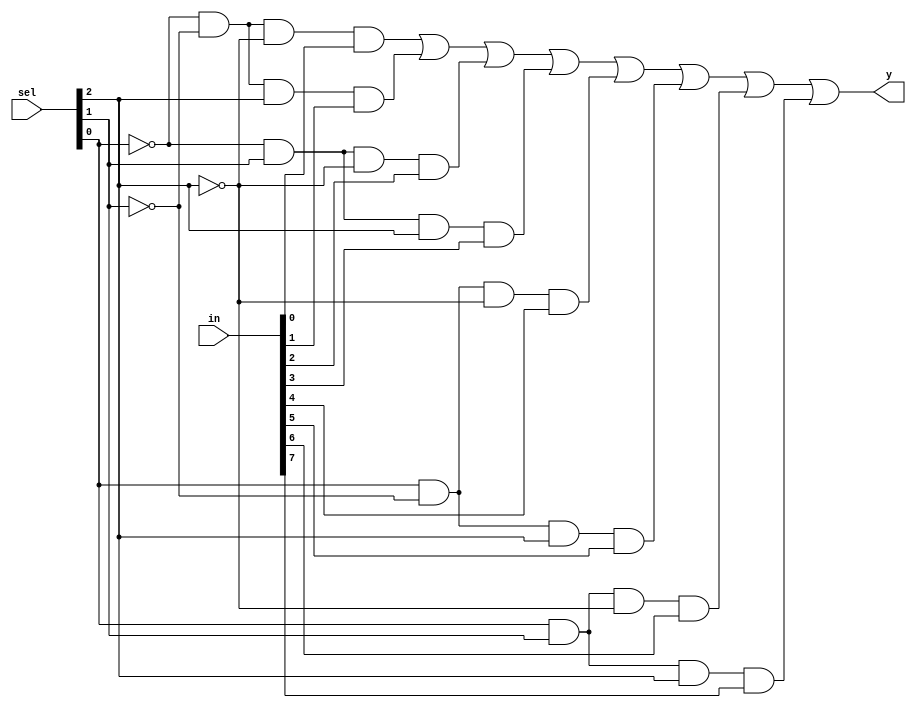
`timescale 1ns / 1ps

module mux_8x1(y,in,sel);

input [7:0]in;
input [2:0]sel;
output y;
wire w0,w1,w2,w3,w4,w5,w6,w7,w8,w9,w10;

not g1(w0,sel[0]);
not g2(w1,sel[1]);
not g3(w2,sel[2]);

and g4(w3,w0,w1,w2,in[0]);
and g5(w4,w0,w1,sel[2],in[1]);
and g6(w5,w0,sel[1],w2,in[2]);
and g7(w6,w0,sel[1],sel[2],in[3]);
and g8(w7,sel[0],w1,w2,in[4]);
and g9(w8,sel[0],w1,sel[2],in[5]);
and g10(w9,sel[0],sel[1],w2,in[6]);
and g11(w10,sel[0],sel[1],sel[2],in[7]);

or g12(y,w3,w4,w5,w6,w7,w8,w9,w10);

endmodule